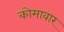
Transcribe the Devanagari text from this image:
कोमावार